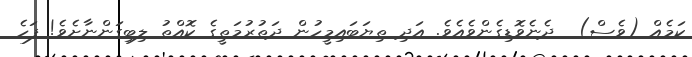
ކަމެއް (ވެސް)  ދެނެވޮޑިގެންވެއެވެ. އަދި ތިޔަބައިމީހުން ދަތުރުމަތީގެ ކޮއްތު ލިބިގަންނާށެވެ! ފަހެ